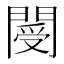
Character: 閿